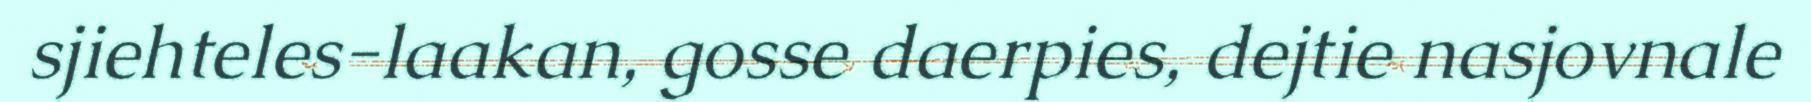
sjiehteles-laakan, gosse daerpies, dejtie nasjovnale